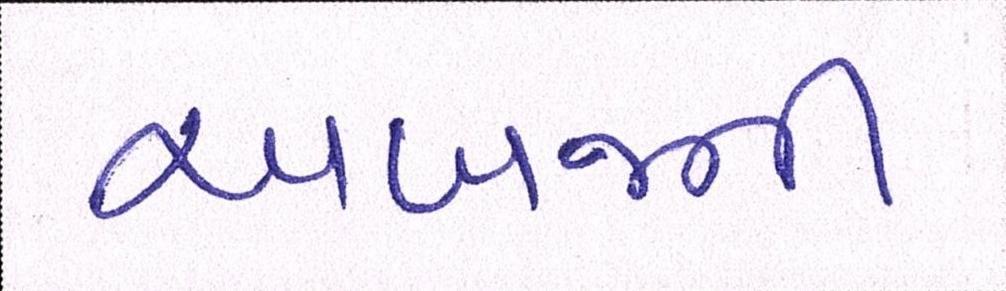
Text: અબજની